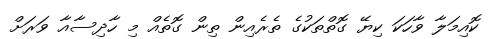
ކޮއިމަލާ ވާހަކަ ކިޔޭ ގޮތްތަކުގެ ތެރެއިން ތިން ގޮތެއް މި ހާދިސާއާ ވަރަށް